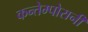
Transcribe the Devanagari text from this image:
कन्तेम्पोरानी